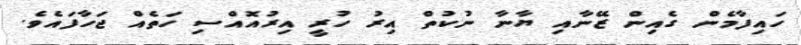
ހައިފާމެން ގެއިން ޒޭނާއި ޔާނާ ނުކުތް އިރު ހުރީ އިރުއޮއްސި ހަތެއް ޖަހާފައެވެ.